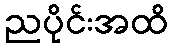
ညပိုင်းအထိ